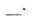
___.